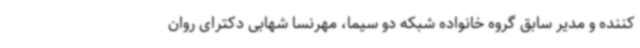
کننده و مدیر سابق گروه خانواده شبکه دو سیما، مهرنسا شهابی دکترای روان